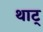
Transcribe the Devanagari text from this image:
थाट्